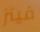
فيتز